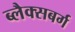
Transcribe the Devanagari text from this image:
ब्लैक्सबर्ग